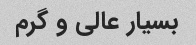
بسیار عالی و گرم